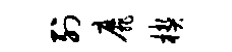
列靡楔